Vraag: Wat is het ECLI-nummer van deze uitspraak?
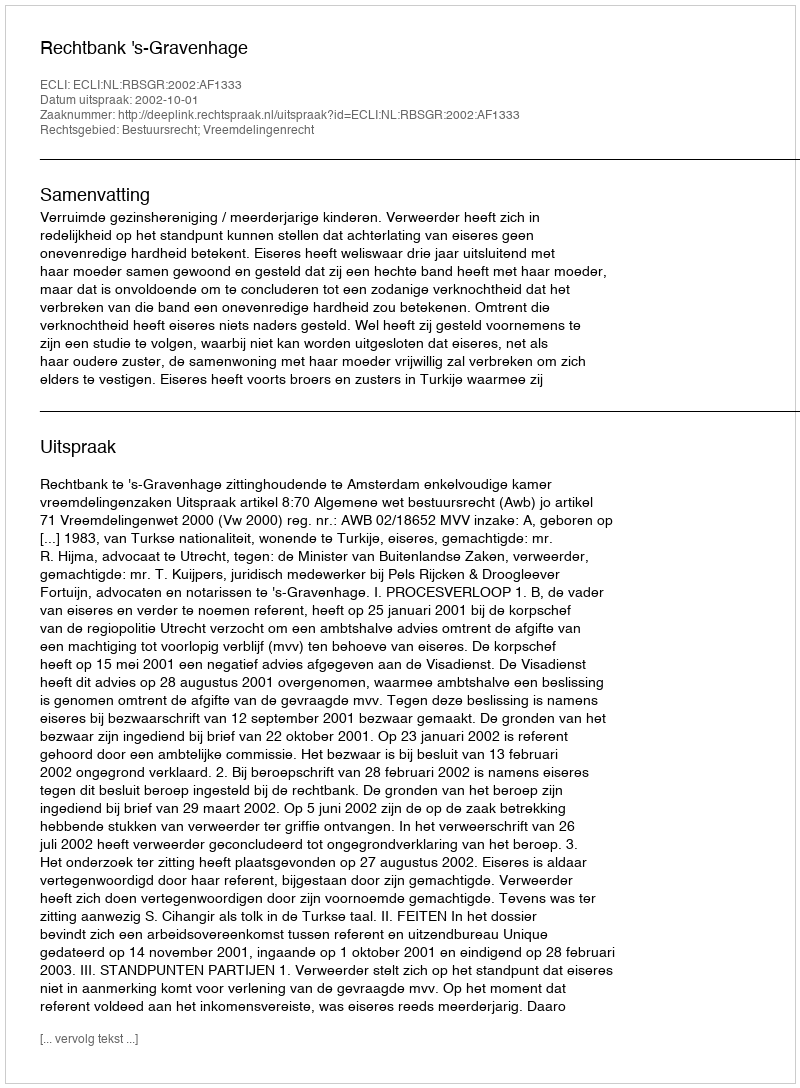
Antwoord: ECLI:NL:RBSGR:2002:AF1333